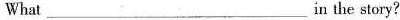
What __ in the story?